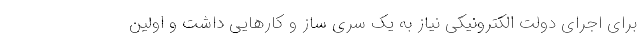
برای اجرای دولت الکترونیکی نیاز به یک سری ساز و کار‌هایی داشت و اولین